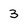
Character: 3